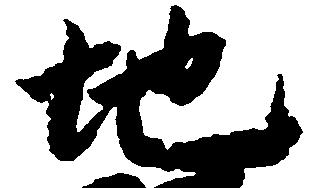
地